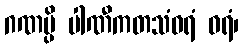
ဂဏမ္ပိ ပါဏီကတသံဝရံ ဝရံ၊